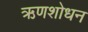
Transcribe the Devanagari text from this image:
ऋणशोधन